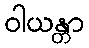
ဝါယန္တာ